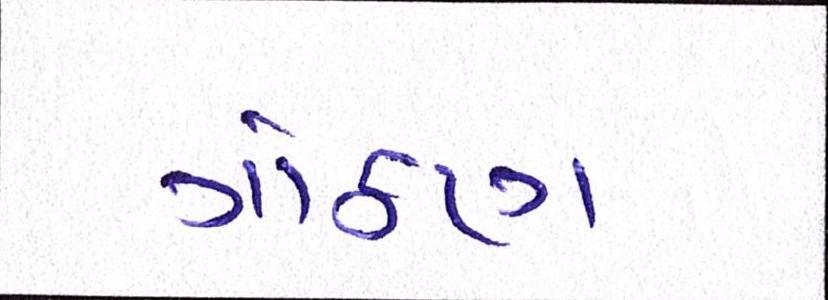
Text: ગોઠણ